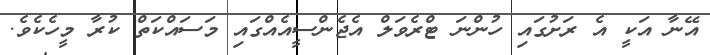
އޭނާ އަކީ އެ ރަށުގައި ހުންނަ ޓްރެވަލް އެޖެންސީއެއްގައި މަސައްކަތް ކުރާ މީހެކެވެ.